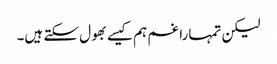
لیکن تمہارا غم ہم کیسے بھول سکتے ہیں۔